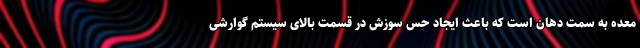
معده به سمت دهان است که باعث ایجاد حس سوزش در قسمت بالای سیستم گوارشی